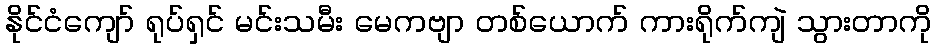
နိုင်ငံကျော် ရုပ်ရှင် မင်းသမီး မေကဗျာ တစ်ယောက် ကားရိုက်ကျဲ သွားတာကို